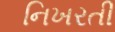
નિખરતી